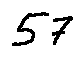
5 7